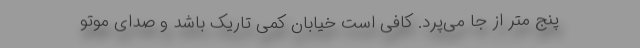
پنج متر از جا می‌پرد. کافی است خیابان کمی ‌تاریک باشد و صدای موتو